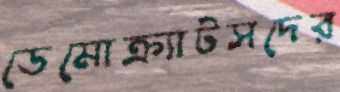
ডেমোক্র্যাটসদের